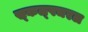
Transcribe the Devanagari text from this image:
स्‍कल्‍पचरल